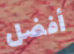
أفضل